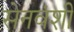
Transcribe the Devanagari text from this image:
सेनवंशी